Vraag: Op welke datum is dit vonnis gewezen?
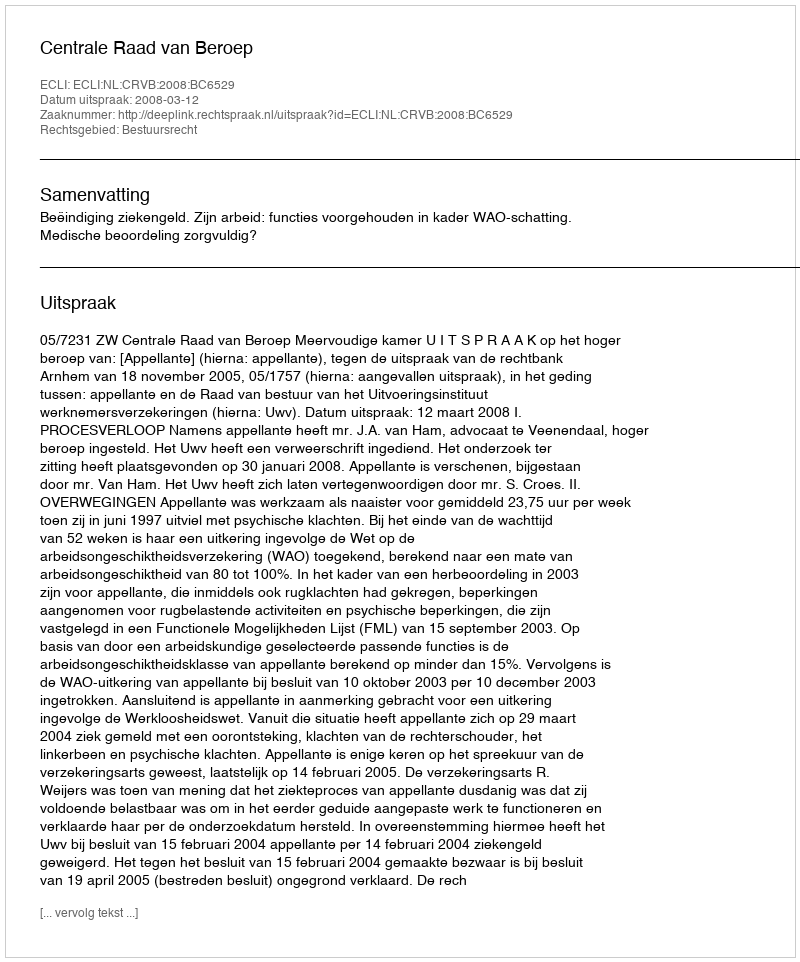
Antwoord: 2008-03-12